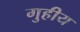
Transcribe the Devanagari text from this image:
गुहीय